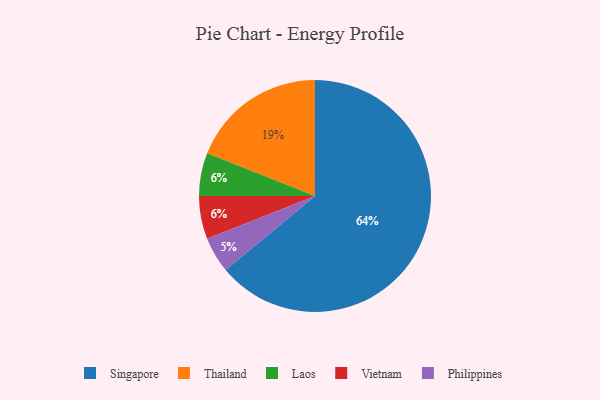
{"axis": {"x": "Category", "y": "Percentage"}, "legend": ["Laos", "Philippines", "Singapore", "Thailand", "Vietnam"], "data": [{"x": "Philippines", "y": 5, "type": "Philippines"}, {"x": "Laos", "y": 6, "type": "Laos"}, {"x": "Singapore", "y": 64, "type": "Singapore"}, {"x": "Vietnam", "y": 6, "type": "Vietnam"}, {"x": "Thailand", "y": 19, "type": "Thailand"}]}